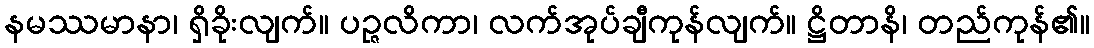
နမဿမာနာ၊ ရှိခိုးလျက်။ ပဉ္ဇလိကာ၊ လက်အုပ်ချီကုန်လျက်။ ဋ္ဌိတာနိ၊ တည်ကုန်၏။